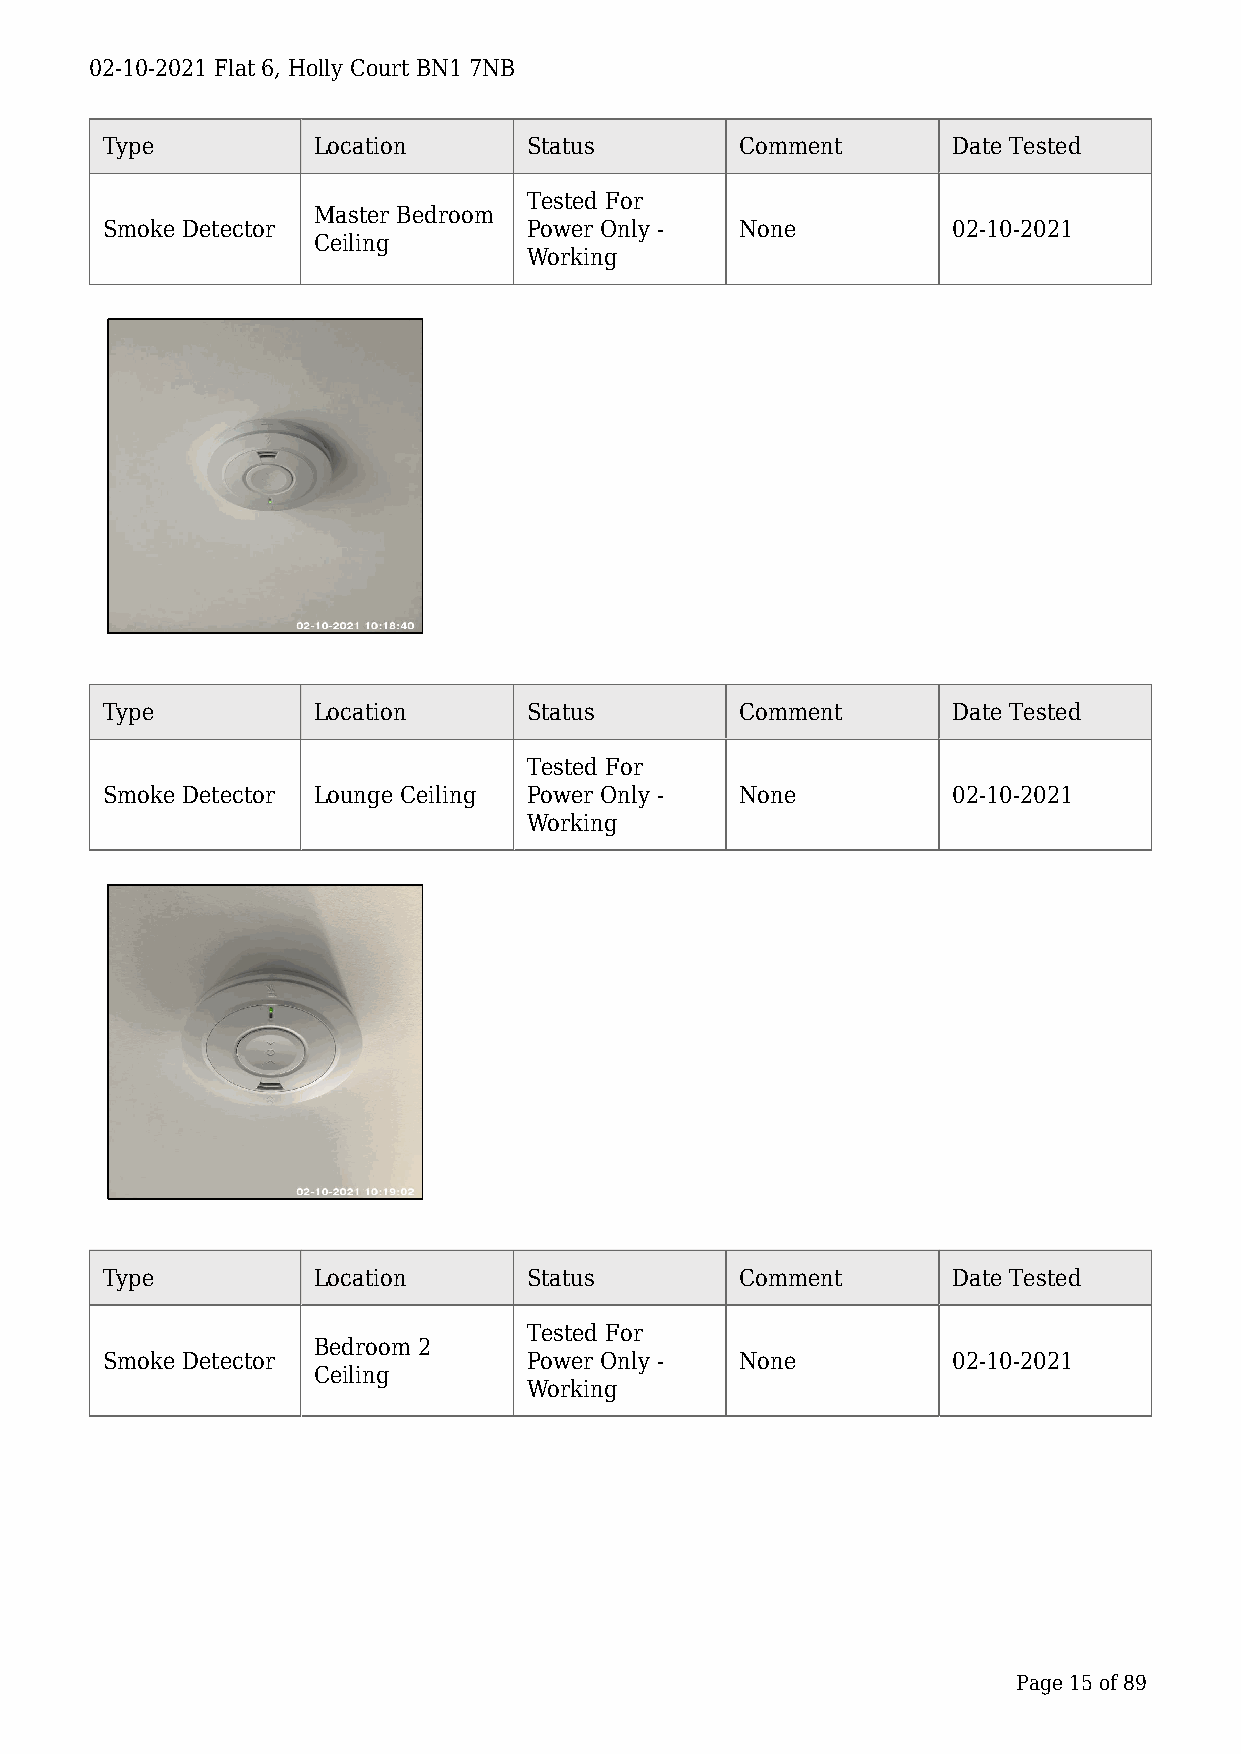
02-10-2021 Flat 6, Holly Court BN1 7NB
 Type          Location      Status        Comment       Date Tested
 Tested For
 Master Bedroom
 Smoke Detector              Power Only -  None          02-10-2021
 Ceiling
 Working
 Type          Location      Status        Comment       Date Tested
 Tested For
 Smoke Detector Lounge Ceiling Power Only - None         02-10-2021
 Working
 Type          Location      Status        Comment       Date Tested
 Tested For
 Bedroom 2
 Smoke Detector              Power Only -  None          02-10-2021
 Ceiling
 Working
 Page 15 of 89